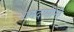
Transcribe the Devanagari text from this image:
रामदासींनी